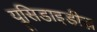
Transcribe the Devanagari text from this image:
यूसिडाइडीज़